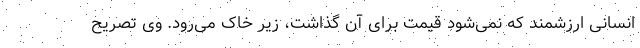
انسانی ارزشمند که نمی‌شود قیمت برای آن گذاشت، زیر خاک می‌رود. وی تصریح